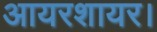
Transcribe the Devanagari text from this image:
आयरशायर।